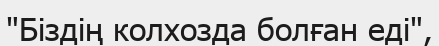
"Біздің колхозда болған еді",